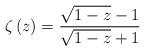
LaTeX: \begin{align*} \zeta\left(z\right)=\frac{\sqrt{1-z}-1}{\sqrt{1-z}+1}\end{align*}